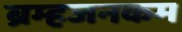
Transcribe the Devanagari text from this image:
ब्रम्हजनकम